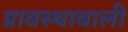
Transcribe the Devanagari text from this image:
प्रावस्थावाली